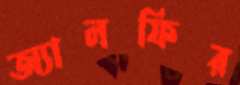
অ্যালফির